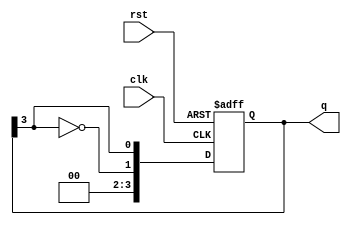
module johnson_counter #(parameter N = 4) (
    input wire clk,
    input wire rst,
    output reg [N-1:0] q
);

// Sequential logic for the Johnson counter
always @(posedge clk or posedge rst) begin
    if (rst) begin
        // Reset the counter to 0
        q <= 0;
    end else begin
        // Shift the current state and feed back the inverted last bit
        q <= {~q[N-1], q[N-1:N-1]};
    end
end

endmodule